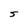
Character: S